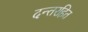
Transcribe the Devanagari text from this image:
दन्तरहित